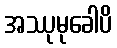
အဿုမုခေါပိ